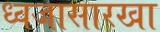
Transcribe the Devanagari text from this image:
ध्वजासारखा